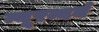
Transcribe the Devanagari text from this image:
न्यूरम्बर्ग